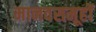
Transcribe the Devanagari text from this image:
मानवसमूहों